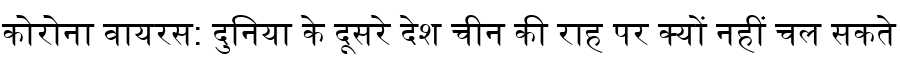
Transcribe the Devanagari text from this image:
कोरोना वायरस: दुनिया के दूसरे देश चीन की राह पर क्यों नहीं चल सकते